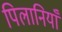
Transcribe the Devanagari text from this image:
पिलानियाँ